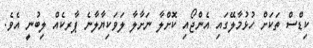
ކިޑްސް ތަކަށް ހުޅުމާލޭގައި އެންޖޯއި ކޮށްލާ ނަށާލާ ލަވަކިޔާލާނެ ޕާރކެއް ލިބުނީ އެވެ.